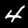
Label: 4